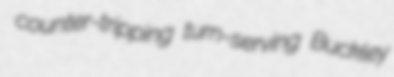
counter-tripping turn-serving Buckley